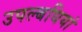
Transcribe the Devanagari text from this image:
उपल्बधियां